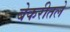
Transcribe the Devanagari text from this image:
बेकरीतले